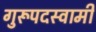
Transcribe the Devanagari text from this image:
गुरूपदस्वामी